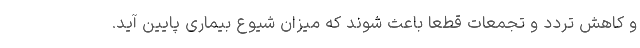
و کاهش تردد و تجمعات قطعا باعث شوند که میزان شیوع بیماری پایین آید.